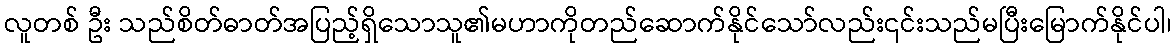
လူတစ် ဦး သည်စိတ်ဓာတ်အပြည့်ရှိသောသူ၏မဟာကိုတည်ဆောက်နိုင်သော်လည်း၎င်းသည်မပြီးမြောက်နိုင်ပါ၊